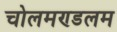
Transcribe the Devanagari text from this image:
चोलमण्डलम